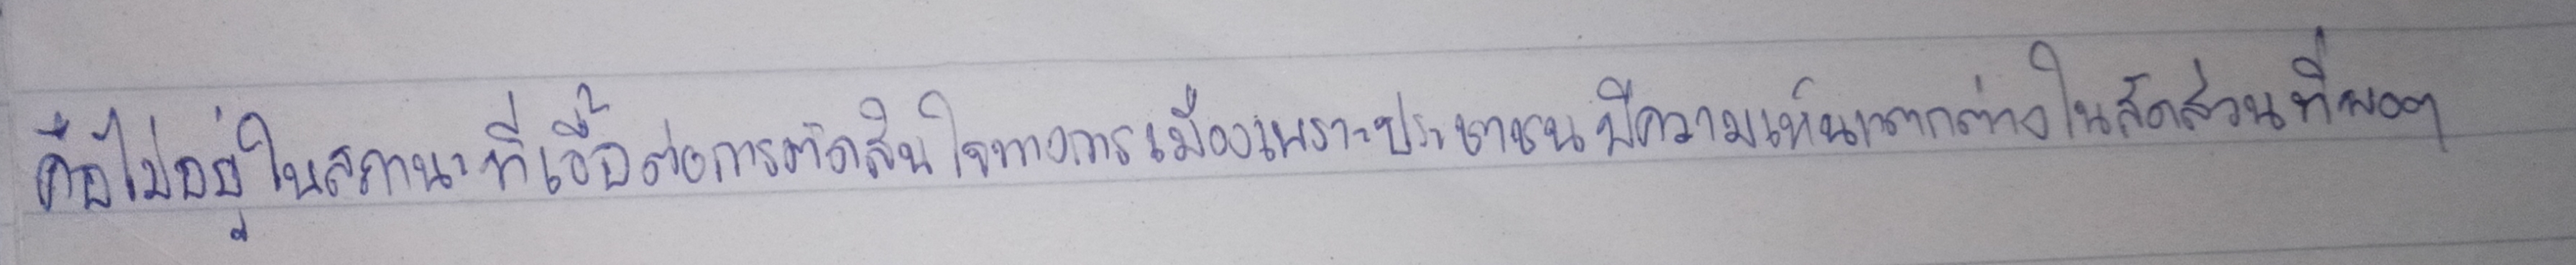
คือไม่อยู่ในสถานะที่เอื้อต่อการตัดสินใจทางการเมืองเพราะประชาชนมีความเห็นแตกต่างในสัดส่วนที่พอๆ